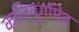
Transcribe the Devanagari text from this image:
कलियुगमित